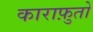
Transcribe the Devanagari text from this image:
काराफ़ुतो